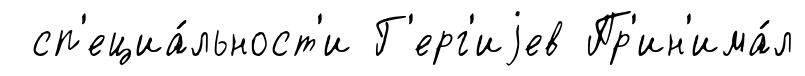
сп'ециа́льност'и Г'ерг'иjев Пр'ин'има́л